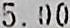
5.00